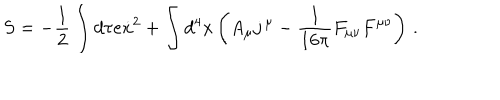
S = - \frac 1 2 \int d \tau e \dot { x } ^ { 2 } + \int d ^ { 4 } x \left( A _ { \mu } j \, { } ^ { \mu } - \frac { 1 } { 1 6 \pi } F _ { \mu \nu } F ^ { \mu \nu } \right) \, .